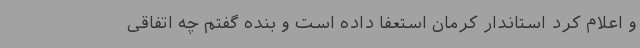
و اعلام کرد استاندار کرمان استعفا داده است و بنده گفتم چه اتفاقی